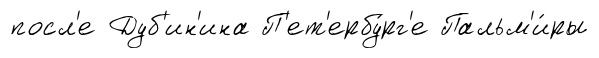
посл'е Дуб'ин'ина П'ет'ербу́рг'е Пальм'и́ры